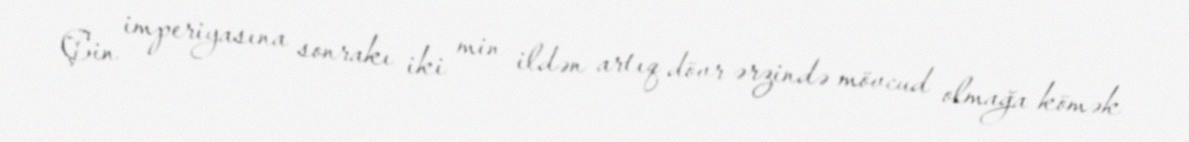
Çin imperiyasına sonrakı iki min ildən artıq dövr ərzində mövcud olmağa kömək